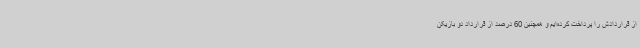
از قراردادش را پرداخت کرده‌ایم و همچنین 60 درصد از قرارداد دو بازیکن